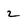
Character: 2